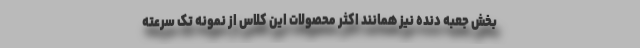
بخش جعبه دنده نیز همانند اکثر محصولات این کلاس از نمونه تک سرعته